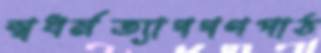
স্বধর্মত্যাগগণপাঠ